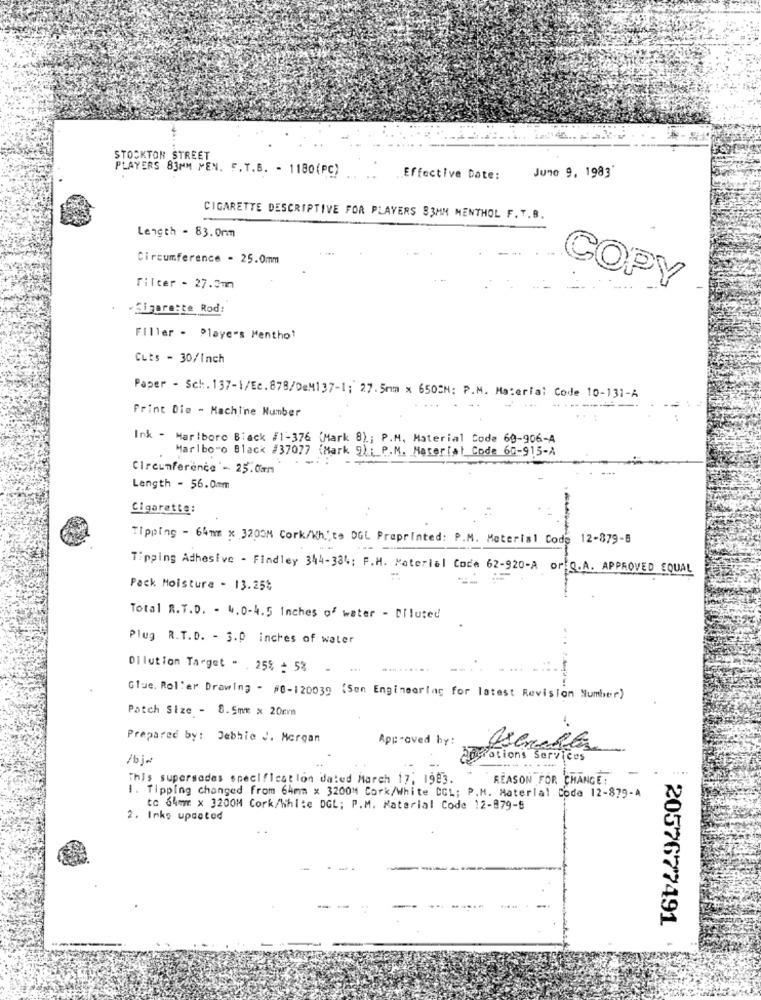
STOCKTON STREET
PLAYERS 83MM MEN. F. T.B. - 1180(PC)
Effective Date:
June 9, 1983'
CIGARETTE DESCRIPTIVE FOR PLAYERS 83MM MENTHOL F. T.B.
Length - 83.0rm
Circumference - 25.0mm
Filter - 27.3mm
COPY
-Sigarette Rod:
Filler . Players Menthol
Cuts - 30/Inch
Paper - Sch. 137-1/Ec. 878/DeM137-1; 27.5mm x 650CH: P.M. Material Code 10-131-A
Print Die - Machine Number
Ink - Marlboro Biack #1-376 (Mark 8) .; P.M. Material Code 60-906-A
Marlboro Black #37077 (Mark 9) ; P.M. Material Code 60-915-A
Circumference - 25.0mm
Length - 56.0mm
Cigarette:
Tipping - 64mm X 3203M Cork/Wh .; to DGL Preprinted: P.M. Material Code 12-379-8
Tipping Adhesive - Findley 344-334: F.H. Material Coca 62-920-A or Q.A. APPROVED EQUAL
Pack Moisture - 13.25%
Total R.T.D. - 4.0-4.5 Inches of water - Diluted
Plug R.T.D. - 3.0 inches of water
Dilution Target . . 25% - 53 -
Glue. Rol'er Drawing - #0-120039 (Son Engineerlag for latest Revision Number)
Patch Size - 8.5mm x 20cm
Prepared by: Debhie J. Morgan
Approved by:
/bjø
trations Services
This supersades specification dated March 17; 1983.
REASON FOR CHANGE:
1. Tipping changed from 64mm x 3200" Cork/White CCL; P.M. Material Code 12-879-A
tc 64mm x 3200M Cork/White DGL; P.M. Material Code 12-879-8
2. Inks updated
2057677491